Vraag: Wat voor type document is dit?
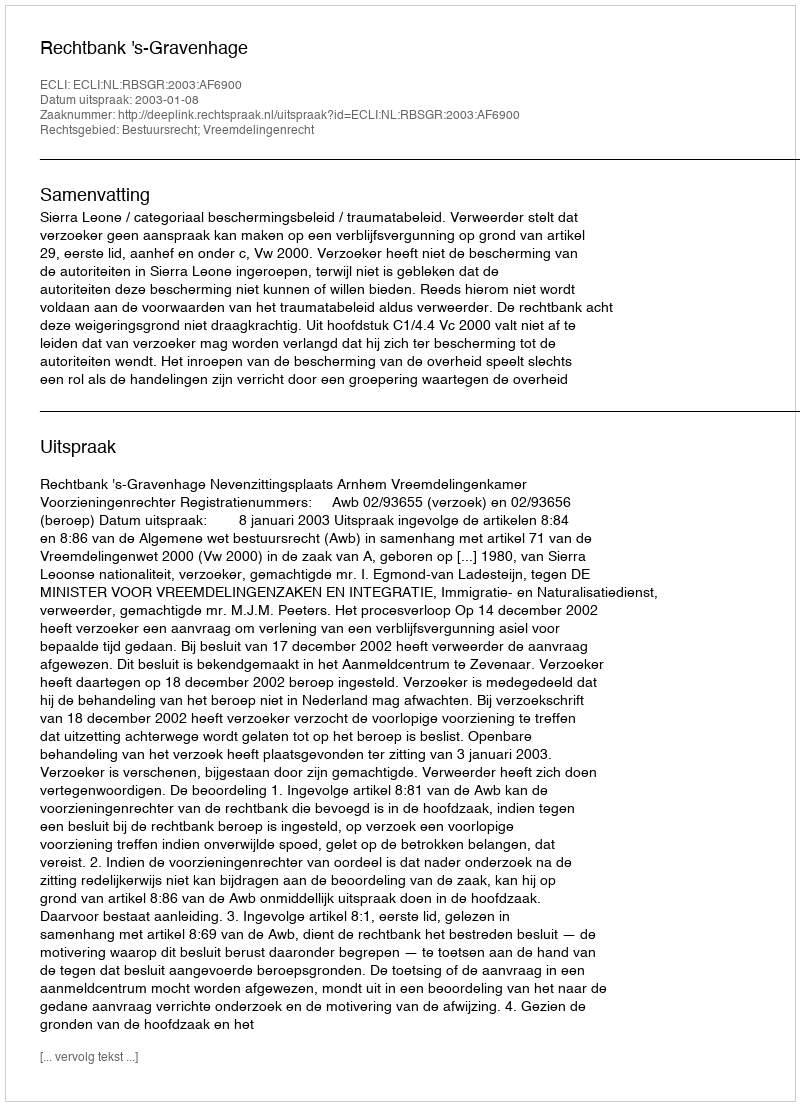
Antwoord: Uitspraak